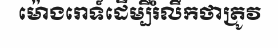
ម៉ោងរោទ៍ដើម្បីរំលឹកថាត្រូវ